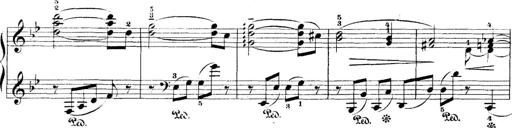
Title: 5 Sonatinas
Composer: Theodor Kirchner